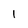
Character: I